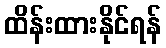
ထိန်းထားနိုင်ရန်